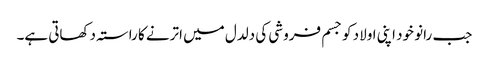
جب رانو خود اپنی اولاد کو جسم فروشی کی دلدل میں اترنے کا راستہ دکھاتی ہے۔